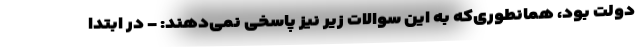
دولت بود، همانطوری‌که به این سوالات زیر نیز پاسخی نمی‌دهند: - در ابتدا